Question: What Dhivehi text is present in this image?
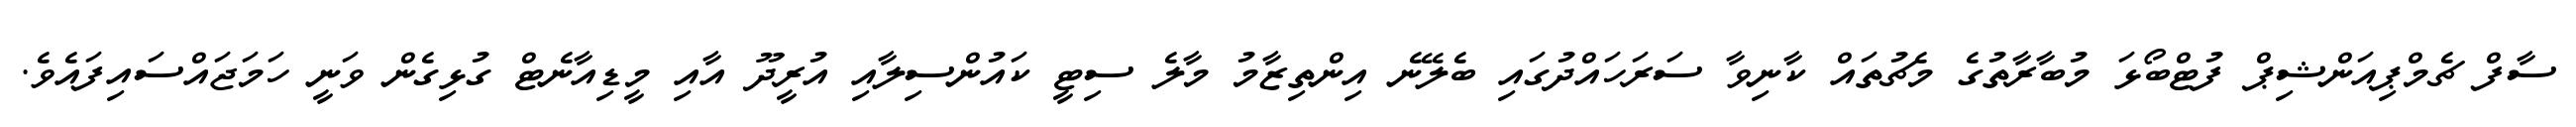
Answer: ސާފް ޗެމްޕިއަންޝިޕް ފުޓްބޯޅަ މުބާރާތުގެ މެޗުތައް ކާނިވާ ސަރަހައްދުގައި ބެލޭނެ އިންތިޒާމު މާލެ ސިޓީ ކައުންސިލާއި އުރީދޫ އާއި މީޑިއާނެޓް ގުޅިގެން ވަނީ ހަމަޖައްސައިފައެވެ.